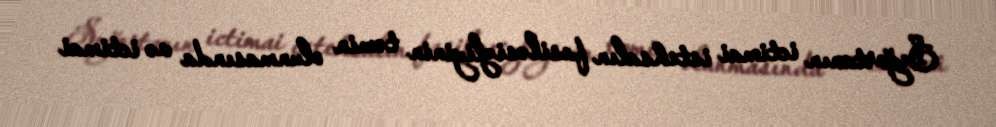
Sığortanın ictimai istehsalın fasiləsizliyinin təmin olunmasında və ictimai